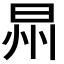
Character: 𣌮